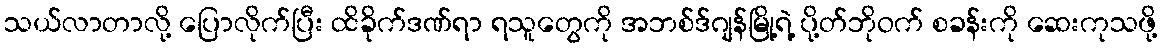
သယ်လာတာလို့ ပြောလိုက်ပြီး ထိခိုက်ဒဏ်ရာ ရသူတွေကို အဘစ်ဒ်ဂျန်မြို့ရဲ့ ပို့တ်ဘိုဝက် စခန်းကို ဆေးကုသဖို့